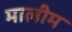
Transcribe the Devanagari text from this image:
मालीम